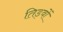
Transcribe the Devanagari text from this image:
तिड़वों